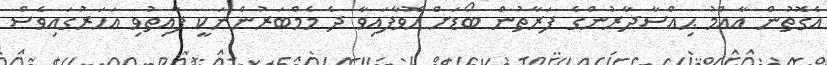
އެގޮތުން އާއްމު ޙިއްސާދާރުންގެ ފަރާތުން ބޯޑަށް ހޮވާފައިވާ ދެ މެމްބަރުންނަކީ ފާއިތުވި އަހަރުގައިވެސް